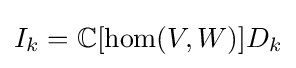
I_{k}=\mathbb {C} [\operatorname {hom} (V,W)]D_{k}